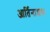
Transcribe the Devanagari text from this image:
आर्तिनाशक